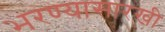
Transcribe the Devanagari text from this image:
भरण्यासारखी